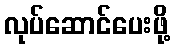
လုပ်ဆောင်ပေးဖို့